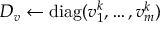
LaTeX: D _ { v } \leftarrow \operatorname { d i a g } ( v _ { 1 } ^ { k } , \ldots , v _ { m } ^ { k } )